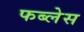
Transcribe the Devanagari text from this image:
फब्लेस